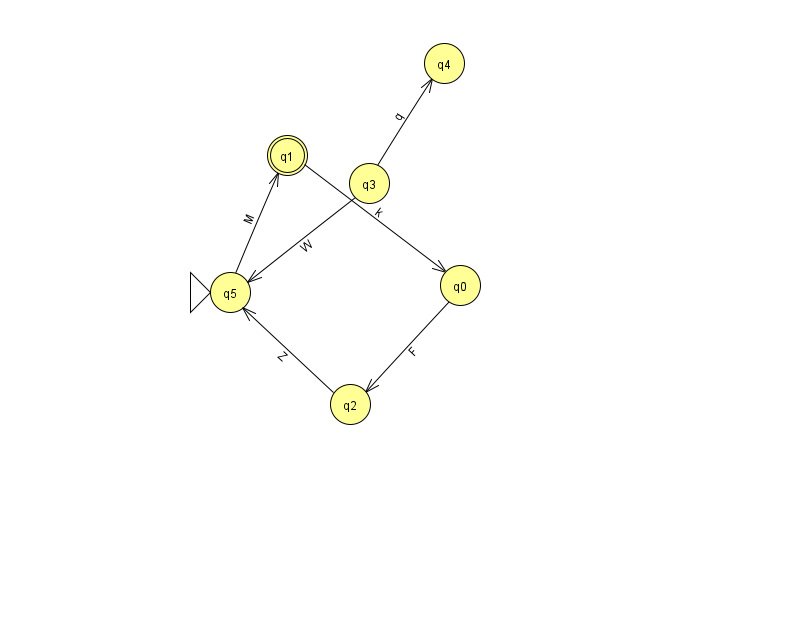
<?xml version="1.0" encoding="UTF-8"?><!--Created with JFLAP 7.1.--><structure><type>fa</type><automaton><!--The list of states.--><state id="0" name="q0"><x>460.0</x><y>272.0</y></state><state id="1" name="q1"><x>287.0</x><y>142.0</y><final/></state><state id="2" name="q2"><x>350.0</x><y>391.0</y></state><state id="3" name="q3"><x>369.0</x><y>170.0</y></state><state id="4" name="q4"><x>444.0</x><y>50.0</y></state><state id="5" name="q5"><x>230.0</x><y>279.0</y><initial/></state><!--The list of transitions.--><transition><from>1</from><to>0</to><read>k</read></transition><transition><from>0</from><to>2</to><read>F</read></transition><transition><from>5</from><to>1</to><read>M</read></transition><transition><from>3</from><to>5</to><read>W</read></transition><transition><from>3</from><to>4</to><read>q</read></transition><transition><from>2</from><to>5</to><read>Z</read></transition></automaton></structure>